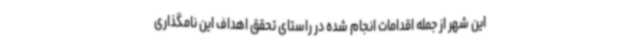
این شهر از جمله اقدامات انجام شده در راستای تحقق اهداف این نامگذاری